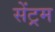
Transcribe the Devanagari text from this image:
सेंट्रम